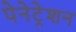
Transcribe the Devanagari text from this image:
पेनेट्रेशन